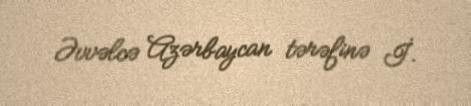
Əvvəlcə Azərbaycan tərəfinə İ.